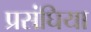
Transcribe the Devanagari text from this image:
प्रसंघिया